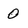
Character: 0